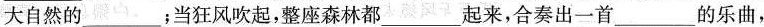
大自然的___；当狂风吹起，整座森林都___起来，合奏出一首___的乐曲，